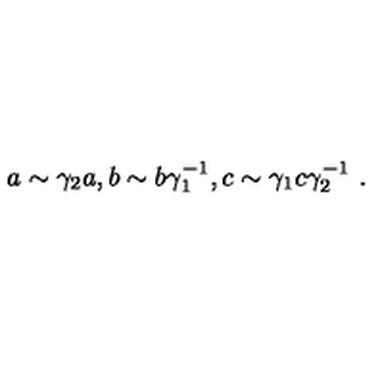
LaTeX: a \sim \gamma _ { 2 } a , b \sim b \gamma _ { 1 } ^ { - 1 } , c \sim \gamma _ { 1 } c \gamma _ { 2 } ^ { - 1 } \ .